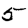
Digit: 5